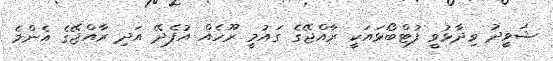
ޝަވީދު ވިދާޅުވީ ފުޓްބޯޅައަކީ ރާއްޖޭގެ ގައުމީ ރޫހެއް އުފެދޭ އަދި ރާއްޖޭގެ އެންމެ